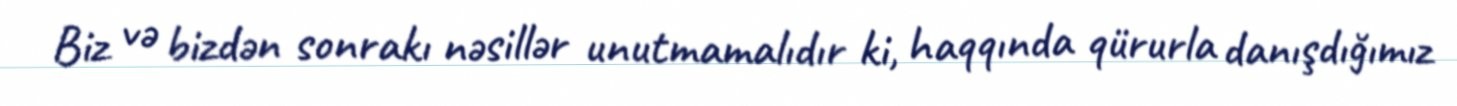
Biz və bizdən sonrakı nəsillər unutmamalıdır ki, haqqında qürurla danışdığımız